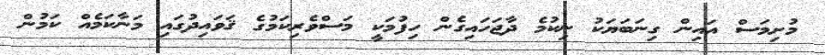
މުށިމަސް އައިން ގިނަބަޔަކު ނިކުމެ ދާޖަހައިގެން ހިފުމަކީ މަސްވެރިކަމުގެ ޤަވައިދުގައި މަނާކަމެއް ކަމުން